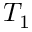
T _ { 1 }